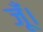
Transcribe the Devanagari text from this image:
जूँ।